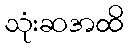
သုံးဆအထိ